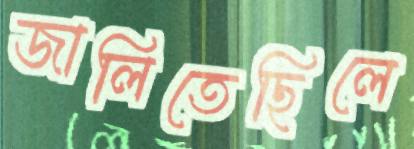
জালিতেছিলে